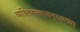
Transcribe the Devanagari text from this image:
व्यक्तिमत्त्वाबद्दलच्या